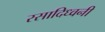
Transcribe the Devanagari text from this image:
रसादिध्वनी